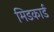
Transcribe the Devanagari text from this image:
मिडकार्ड